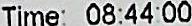
TIME: 08:44:00